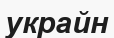
украйн